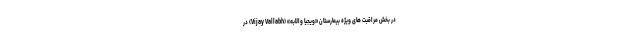
در بخش مراقبت های ویژه بیمارستان «ویجیا والابه» (Vijay Vallabh) در